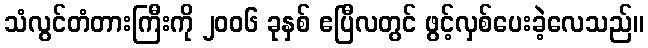
သံလွင်တံတားကြီးကို ၂၀၀၆ ခုနှစ် ဧပြီလတွင် ဖွင့်လှစ်ပေးခဲ့လေသည်။